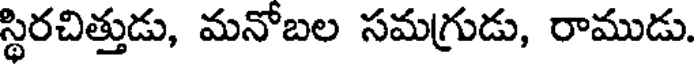
స్థిరచిత్తుడు, మనోబల సమగ్రుడు, రాముడు.